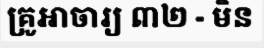
គ្រូឤចារ្យ ៣២ - មិន